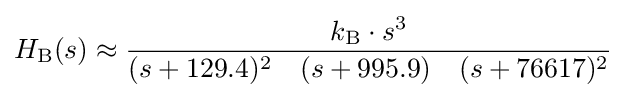
H_{\text{B}}(s)\approx {k_{\text{B}}\cdot s^{3} \over (s+129.4)^{2}\quad (s+995.9)\quad (s+76617)^{2}}